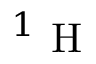
^ 1 \mathrm { ~ H ~ }